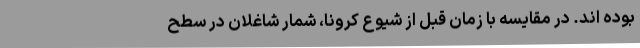
بوده اند. در مقایسه با زمان قبل از شیوع کرونا، شمار شاغلان در سطح